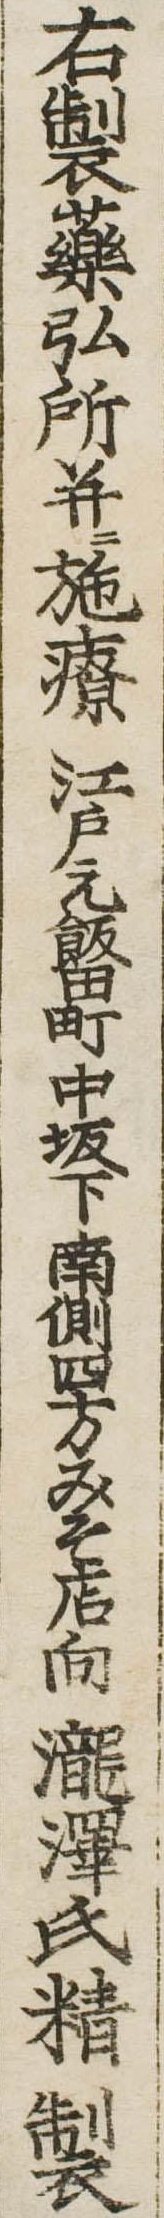
右製薬弘所並に施療江戸元飯田町中坂下南側四方みそ店向滝沢氏精製